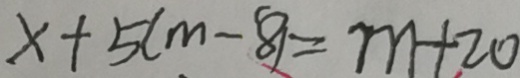
x + 5 ( m - 8 ) = m + 2 0